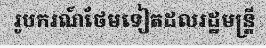
រូបករណ៍ថែមទៀតដលរដ្ឋមន្ត្រី